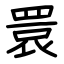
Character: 睘